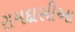
રામદાસીઆ